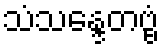
သံသန္ဒေတဗ္ဗံ